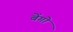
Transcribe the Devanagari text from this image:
बेंगो